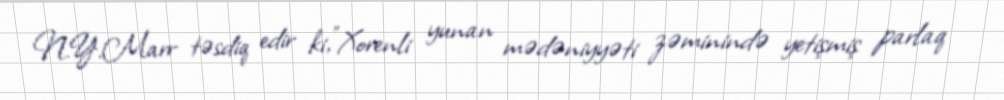
N.Y.Marr təsdiq edir ki,"Xorenli yunan mədəniyyəti zəminində yetişmiş parlaq